Kaarli_(Someru)_vallavalitsus, lk 18
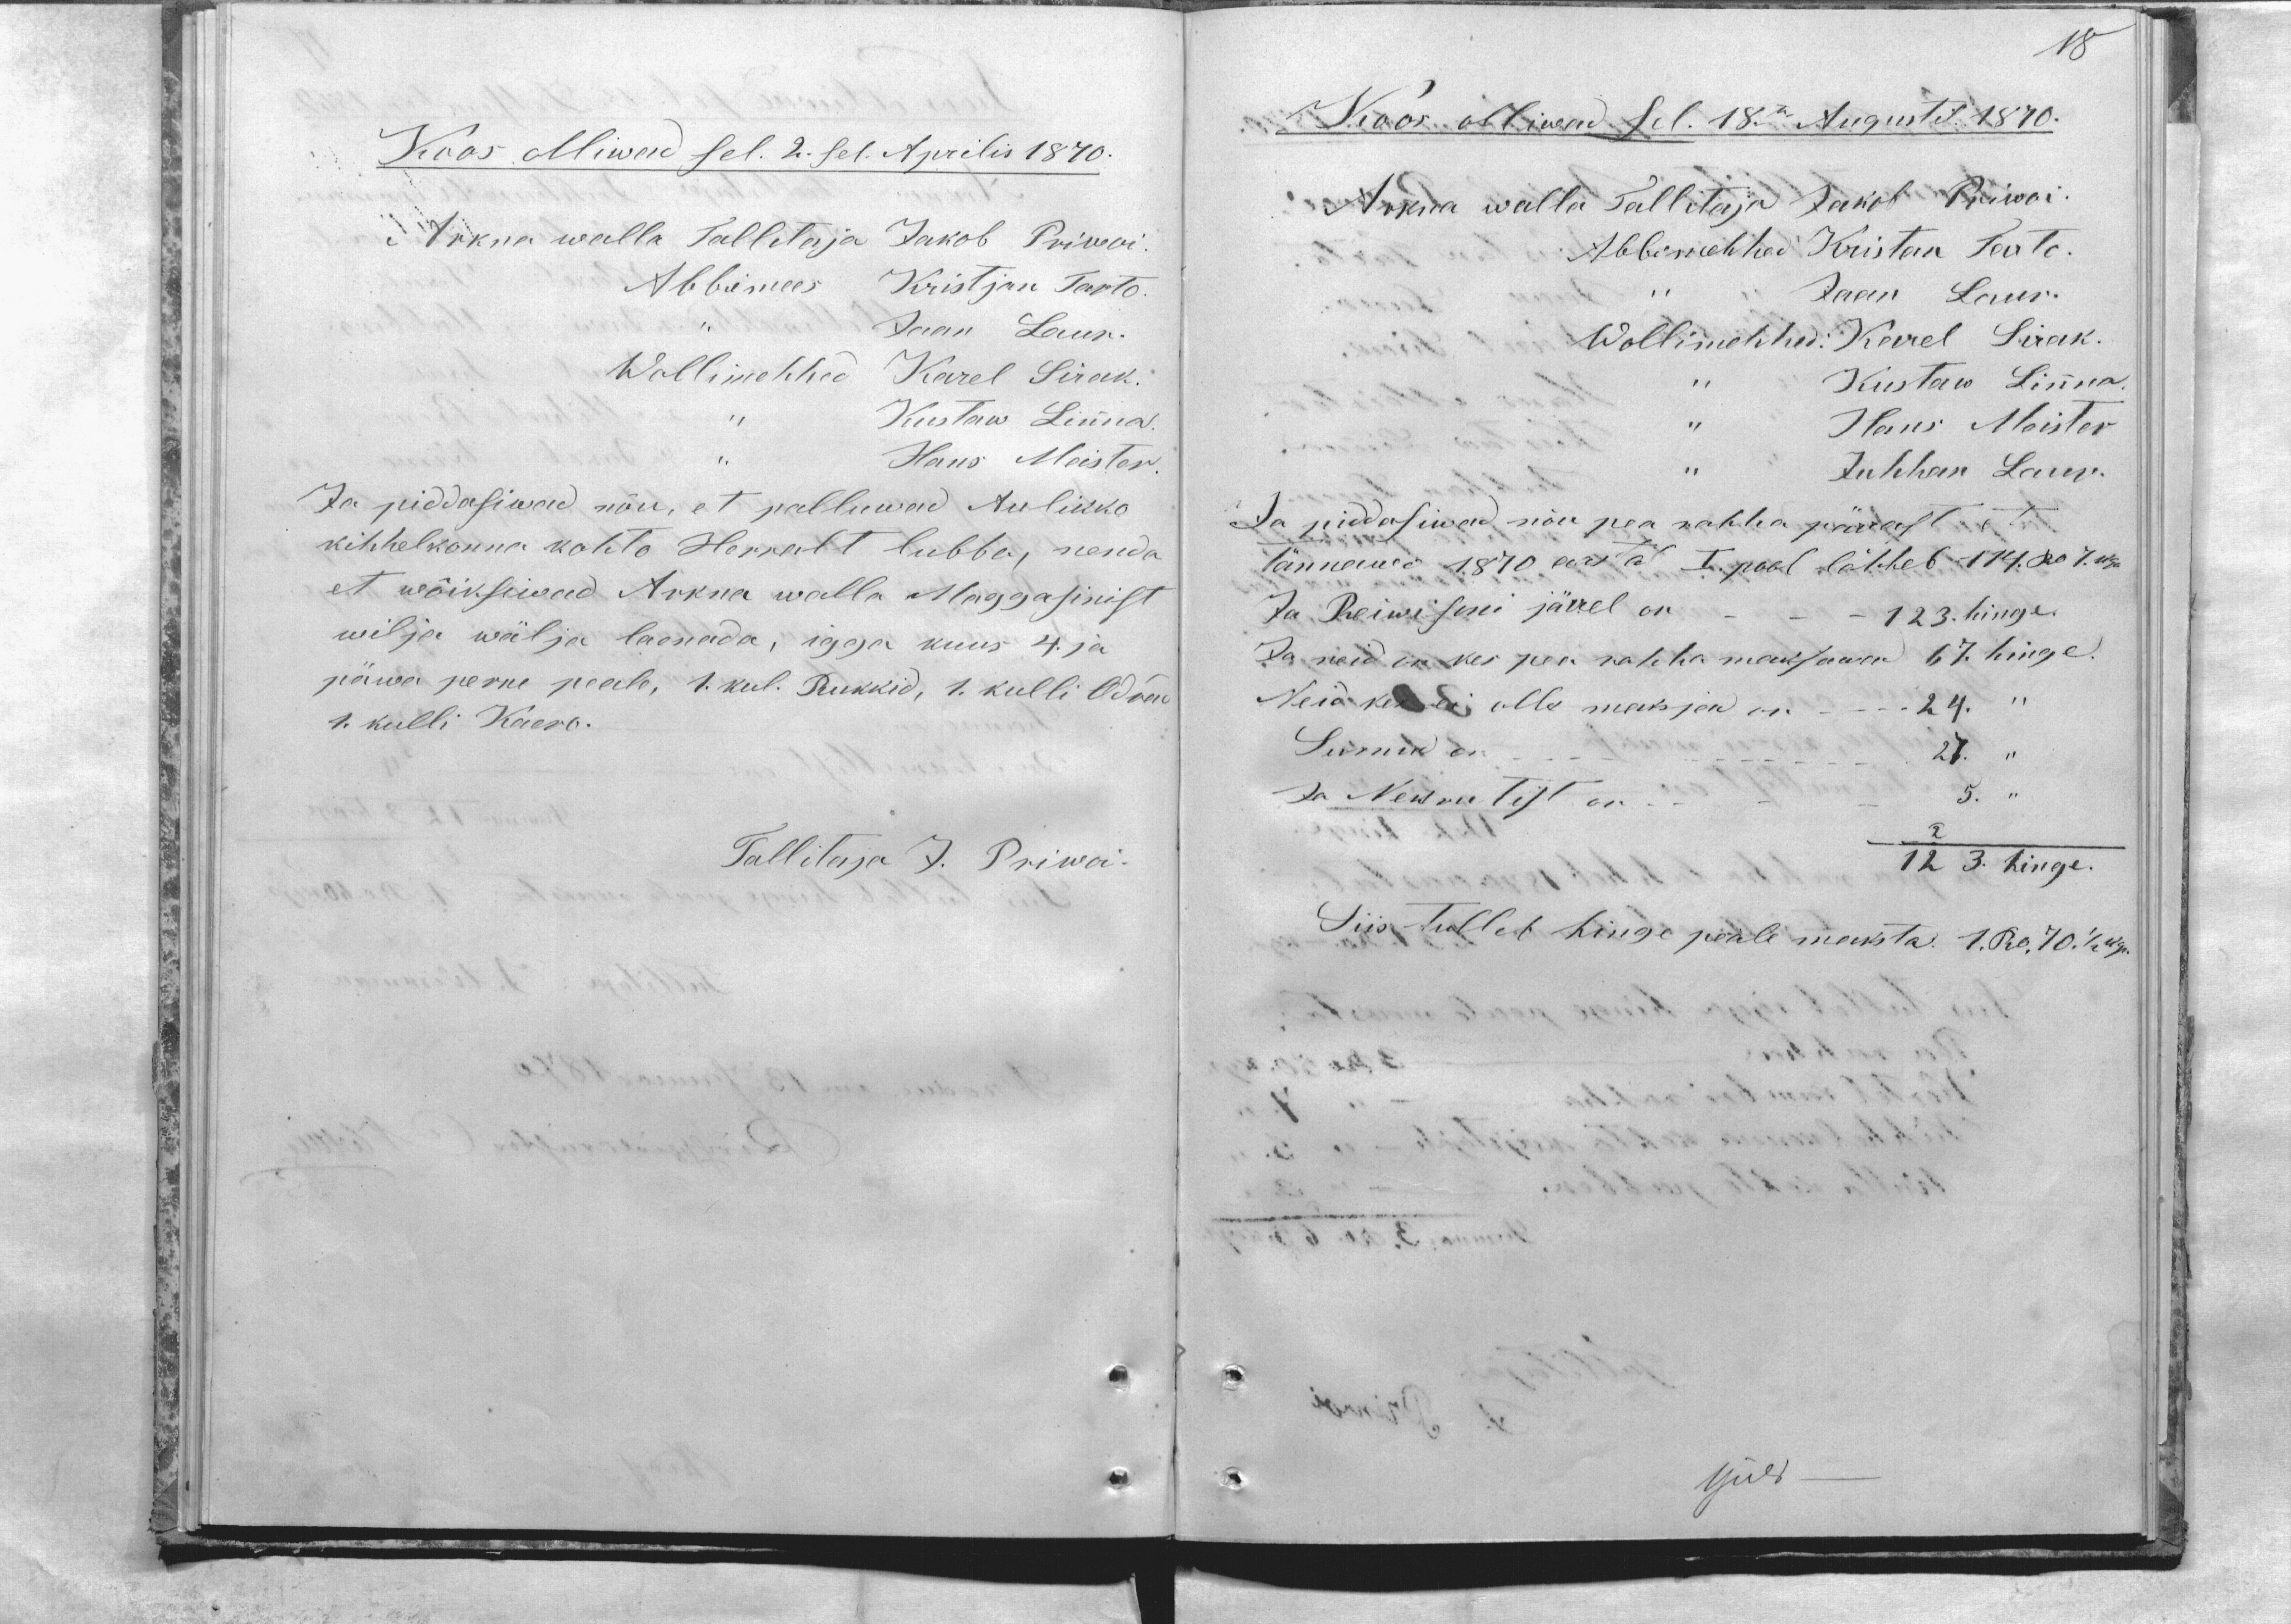
18

Koos olliwad sel. 2.sel. Aprilis 1870.
Arkna walla Tallitaja Jakob Priwoi.
Abbimees Kristjan Tarto.
,, Jaan Laur.
Wollimehhed Karel Sirak.
,, Kustaw Linna
,, Hans Meister.
Ja piddasiwad nõu, et palluwad Aulikko
kihhelkonna kohto Herralt lubba, nenda
et wõiksiwad Arkna walla Maggasinist
wilja wälja laenada, igga kuus 4. ja
päwa perre peale, 1 kul. Rukkid, 1. kulli Odrad
4. kulli Kaero.
Tallitaja J. Priwoi.

Koos olliwad sel. 18.te Augustil 1870.
Arkna walla Tallitaja Jakob Priwoi.
Abbimehhed Kristan Tarto.
,, Jaan Laur.
Wollimehhed: Karel Sirak.
,, Kustaw Linna
,, Hans Meister
,, Juhhan Laur.
Ja piddasiwad nõu pea rahha pärrast et
tännawo 1870 aastal I. pool lähheb 114. Ro 7. kop.
Ja Reiwisoni järrel on - - - 123. hinge.
Ja neid on kes pea rahha maksawad 67. hinge.
Neid kes ei olle maksjad on - - -  24. ,,
Surnud on - - - 27. ,,
Ja Nekrutist on  - - - 5. ,,
123. hinge.
Siis tulleb hinge peale maksta 1. Ro. 70 1/2 kop.